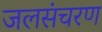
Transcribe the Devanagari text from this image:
जलसंचरण